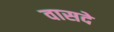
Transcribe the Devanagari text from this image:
वासदे